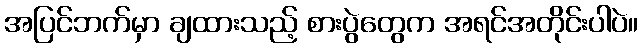
အပြင်ဘက်မှာ ချထားသည့် စားပွဲတွေက အရင်အတိုင်းပါပဲ။